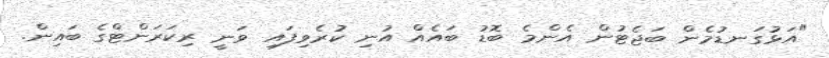
"އަޅުގަނޑުމެން ބަޖެޓުން އެންމެ ބޮޑު ބައެއް އުނި ކުރެވިފައި ވަނީ ރިކަރަންޓްގެ ބައިން.